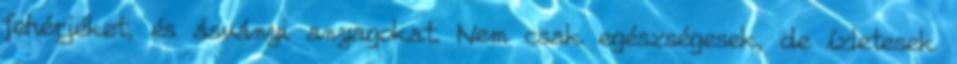
fehérjéket, és ásványi anyagokat. Nem csak egészségesek, de ízletesek